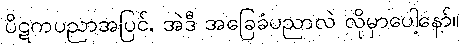
ပိဋကပညာအပြင်, အဲဒီ အခြေခံပညာလဲ လိုမှာပေါ့နော်။